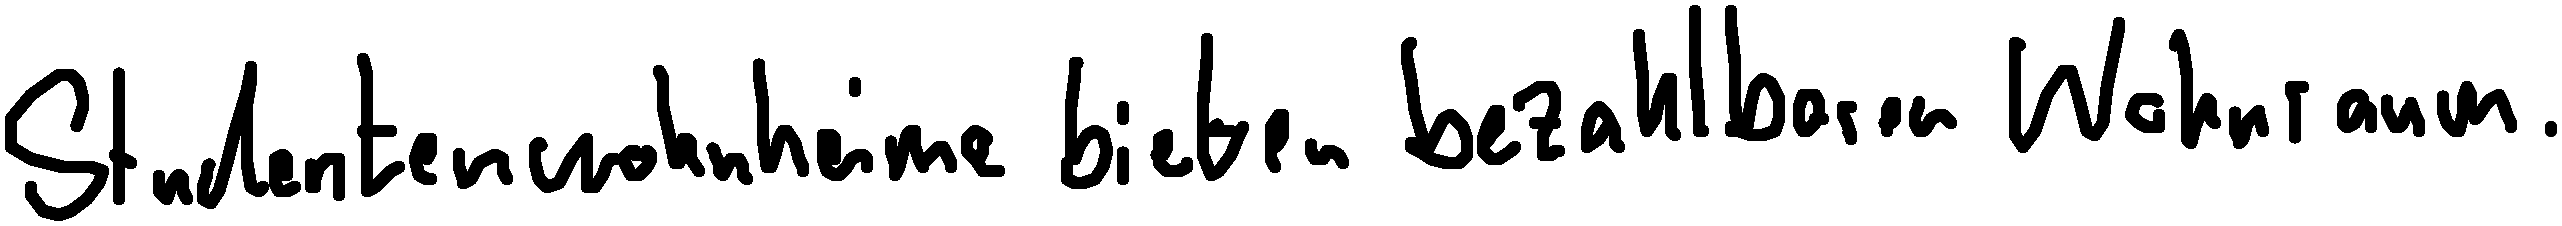
Studentenwohnheime bieten bezahlbaren Wohnraum.